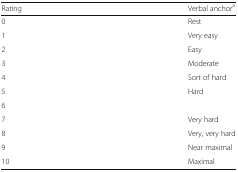
<table><thead><tr><td><b>Rating</b></td><td><b>Verbal anchor<sup>a</sup></b></td></tr></thead><tbody><tr><td>0</td><td>Rest</td></tr><tr><td>1</td><td>Very easy</td></tr><tr><td>2</td><td>Easy</td></tr><tr><td>3</td><td>Moderate</td></tr><tr><td>4</td><td>Sort of hard</td></tr><tr><td>5</td><td>Hard</td></tr><tr><td>6</td><td></td></tr><tr><td>7</td><td>Very hard</td></tr><tr><td>8</td><td>Very, very hard</td></tr><tr><td>9</td><td>Near maximal</td></tr><tr><td>10</td><td>Maximal</td></tr></tbody></table>